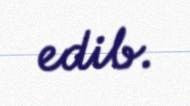
edib.